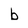
Character: b